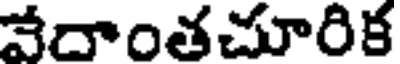
వేదాంతచూరిక